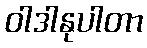
ဝါဒါနုပါတာ